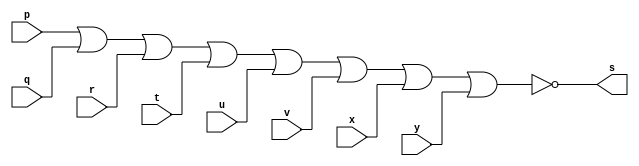
// --------------------- 
// Exercicio01-11 - testa se todos os bits de um byte so iguais a 0
// Nome: Lucas Siqueira Chagas	 
// --------------------- 
// --------------------- 
// -- testa se todos os bits de um byte so 0
// --------------------- 
module norgate (output s, 
input p, 
input q,
input r,
input t,
input u,
input v,
input x,
input y
); 
assign s = ~(p|q|r|t|u|v|x|y); 
endmodule // norgate 
// --------------------- 
// -- test norgate 
// --------------------- 
module testnorgate; 
// ------------------------- dados locais 
reg a,b,c,d,e,f,g,h; // definir registrador 
wire s; // definir conexao (fio) 
// ------------------------- instancia 
norgate NOR1 (s, a, b,c,d,e,f,g,h); 
// ------------------------- preparacao 
initial begin:start 
a=0; 
b=0;
c=0;
d=0;
e=0;
f=0;
g=0;
h=0;
end 
// ------------------------- parte principal 
initial begin:main 
$display("Exercicio01-11 - Lucas Siqueira Chagas - 380783"); 
$display("Testa se todos os bits de um byte so 0."); 
$display("\n ~(a | b | c | d | e | f | g | h ) = s\n"); 
$monitor("~(%b | %b | %b | %b | %b | %b | %b | %b ) = %b", a, b, c, d, e, f, g, h, s);
#1 a=0; b=0; c=0; d=0; e=0; f=0; g=0; h=0; 
#1 a=1; b=1; c=1; d=1; e=1; f=1; g=1; h=1; 
#1 a=1; b=0; c=0; d=0; e=0; f=0; g=0; h=0; 
#1 a=0; b=1; c=1; d=1; e=1; f=1; g=1; h=1; 
end 
endmodule